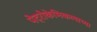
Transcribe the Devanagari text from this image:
पेट्रोकेमिकल्सच्या